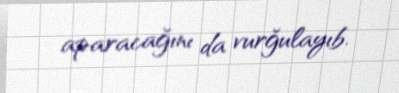
aparacağını da vurğulayıb.